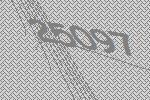
25097